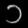
Digit: ၁